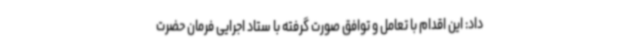
داد: این اقدام با تعامل و توافق صورت گرفته با ستاد اجرایی فرمان حضرت